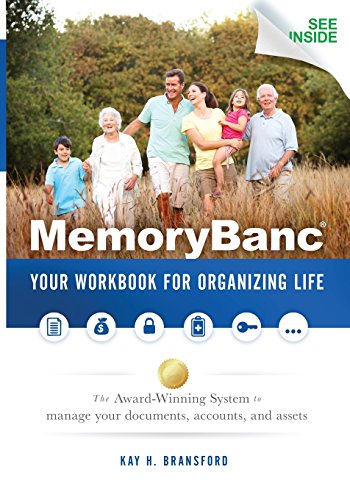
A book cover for MemoryBanc: Your Workbook For Organizing Life; Kay H. Bransford; Law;